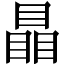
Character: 瞐